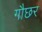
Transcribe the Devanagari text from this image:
गौछर